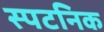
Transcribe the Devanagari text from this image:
स्पटनिक